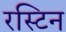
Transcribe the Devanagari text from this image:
रस्टिन